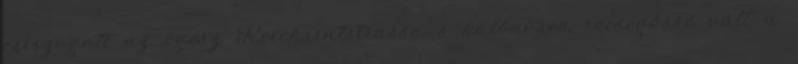
csiszogott az egész Reichsratstrasse, s különösen recsegőssé vált a